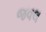
જવલ